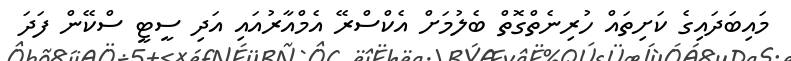
މައިބަދައިގެ ކަށިތައް ހުރިނެތްގޮތް ބެލުމަށް އެކްސްރޭ އެމްއާރުއައި އަދި ސީޓީ ސްކޭން ފަދަ